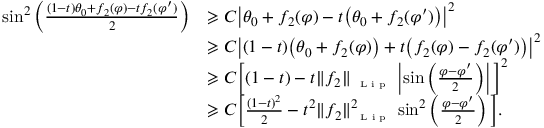
\begin{array} { r l } { \sin ^ { 2 } \left( \frac { ( 1 - t ) \theta _ { 0 } + f _ { 2 } ( \varphi ) - t f _ { 2 } ( \varphi ^ { \prime } ) } { 2 } \right) } & { \geqslant C \big | \theta _ { 0 } + f _ { 2 } ( \varphi ) - t \big ( \theta _ { 0 } + f _ { 2 } ( \varphi ^ { \prime } ) \big ) \big | ^ { 2 } } \\ & { \geqslant C \big | ( 1 - t ) \big ( \theta _ { 0 } + f _ { 2 } ( \varphi ) \big ) + t \big ( f _ { 2 } ( \varphi ) - f _ { 2 } ( \varphi ^ { \prime } ) \big ) \big | ^ { 2 } } \\ & { \geqslant C \Big [ ( 1 - t ) - t \| f _ { 2 } \| _ { \textnormal { \tiny { L i p } } } \left| \sin \left( \frac { \varphi - \varphi ^ { \prime } } { 2 } \right) \right| \Big ] ^ { 2 } } \\ & { \geqslant C \Big [ \frac { ( 1 - t ) ^ { 2 } } { 2 } - t ^ { 2 } \| f _ { 2 } \| _ { \textnormal { \tiny { L i p } } } ^ { 2 } \sin ^ { 2 } \left( \frac { \varphi - \varphi ^ { \prime } } { 2 } \right) \Big ] . } \end{array}